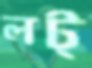
লট্‌